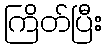
ကြိတ်ပြီး